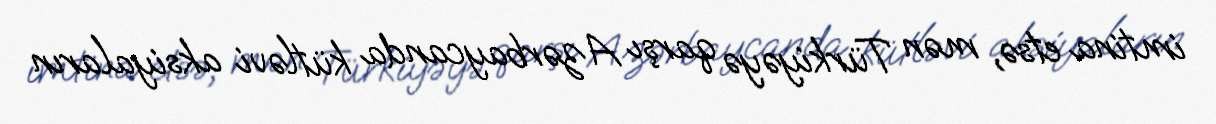
imtina etsə, mən Türkiyəyə qarşı Azərbaycanda kütləvi aksiyaların